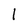
Character: 1